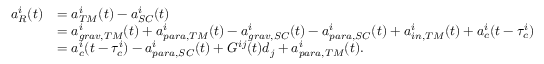
\begin{array} { r l } { a _ { R } ^ { i } ( t ) } & { = a _ { T M } ^ { i } ( t ) - a _ { S C } ^ { i } ( t ) } \\ & { = a _ { g r a v , T M } ^ { i } ( t ) + a _ { p a r a , T M } ^ { i } ( t ) - a _ { g r a v , S C } ^ { i } ( t ) - a _ { p a r a , S C } ^ { i } ( t ) + a _ { i n , T M } ^ { i } ( t ) + a _ { c } ^ { i } ( t - \tau _ { c } ^ { i } ) } \\ & { = a _ { c } ^ { i } ( t - \tau _ { c } ^ { i } ) - a _ { p a r a , S C } ^ { i } ( t ) + G ^ { i j } ( t ) d _ { j } + a _ { p a r a , T M } ^ { i } ( t ) . } \end{array}